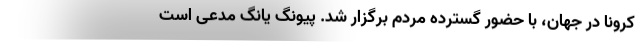
کرونا در جهان، با حضور گسترده مردم برگزار شد. پیونگ یانگ مدعی است